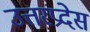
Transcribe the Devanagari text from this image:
उत्तरप्रदेस